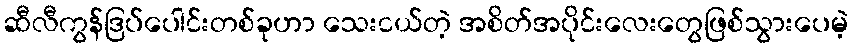
ဆီလီကွန်ဒြပ်ပေါင်းတစ်ခုဟာ သေးငယ်တဲ့ အစိတ်အပိုင်းလေးတွေဖြစ်သွားပေမဲ့